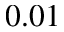
0 . 0 1